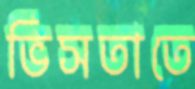
ভিসতাতে